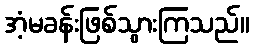
အံ့မခန်းဖြစ်သွားကြသည်။